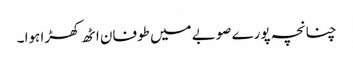
چنانچہ پورے صوبے میں طوفان اٹھ کھڑا ہوا ۔